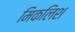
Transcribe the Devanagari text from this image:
मिकलिश